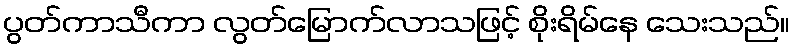
ပွတ်ကာသီကာ လွတ်မြောက်လာသဖြင့် စိုးရိမ်နေ သေးသည်။